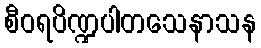
စီဝရပိဏ္ဍပါတသေနာသန